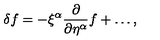
\delta f = - \xi ^ { \alpha } \frac { \partial } { \partial \eta ^ { \alpha } } f + \ldots ,